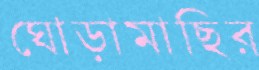
ঘোড়ামাছির